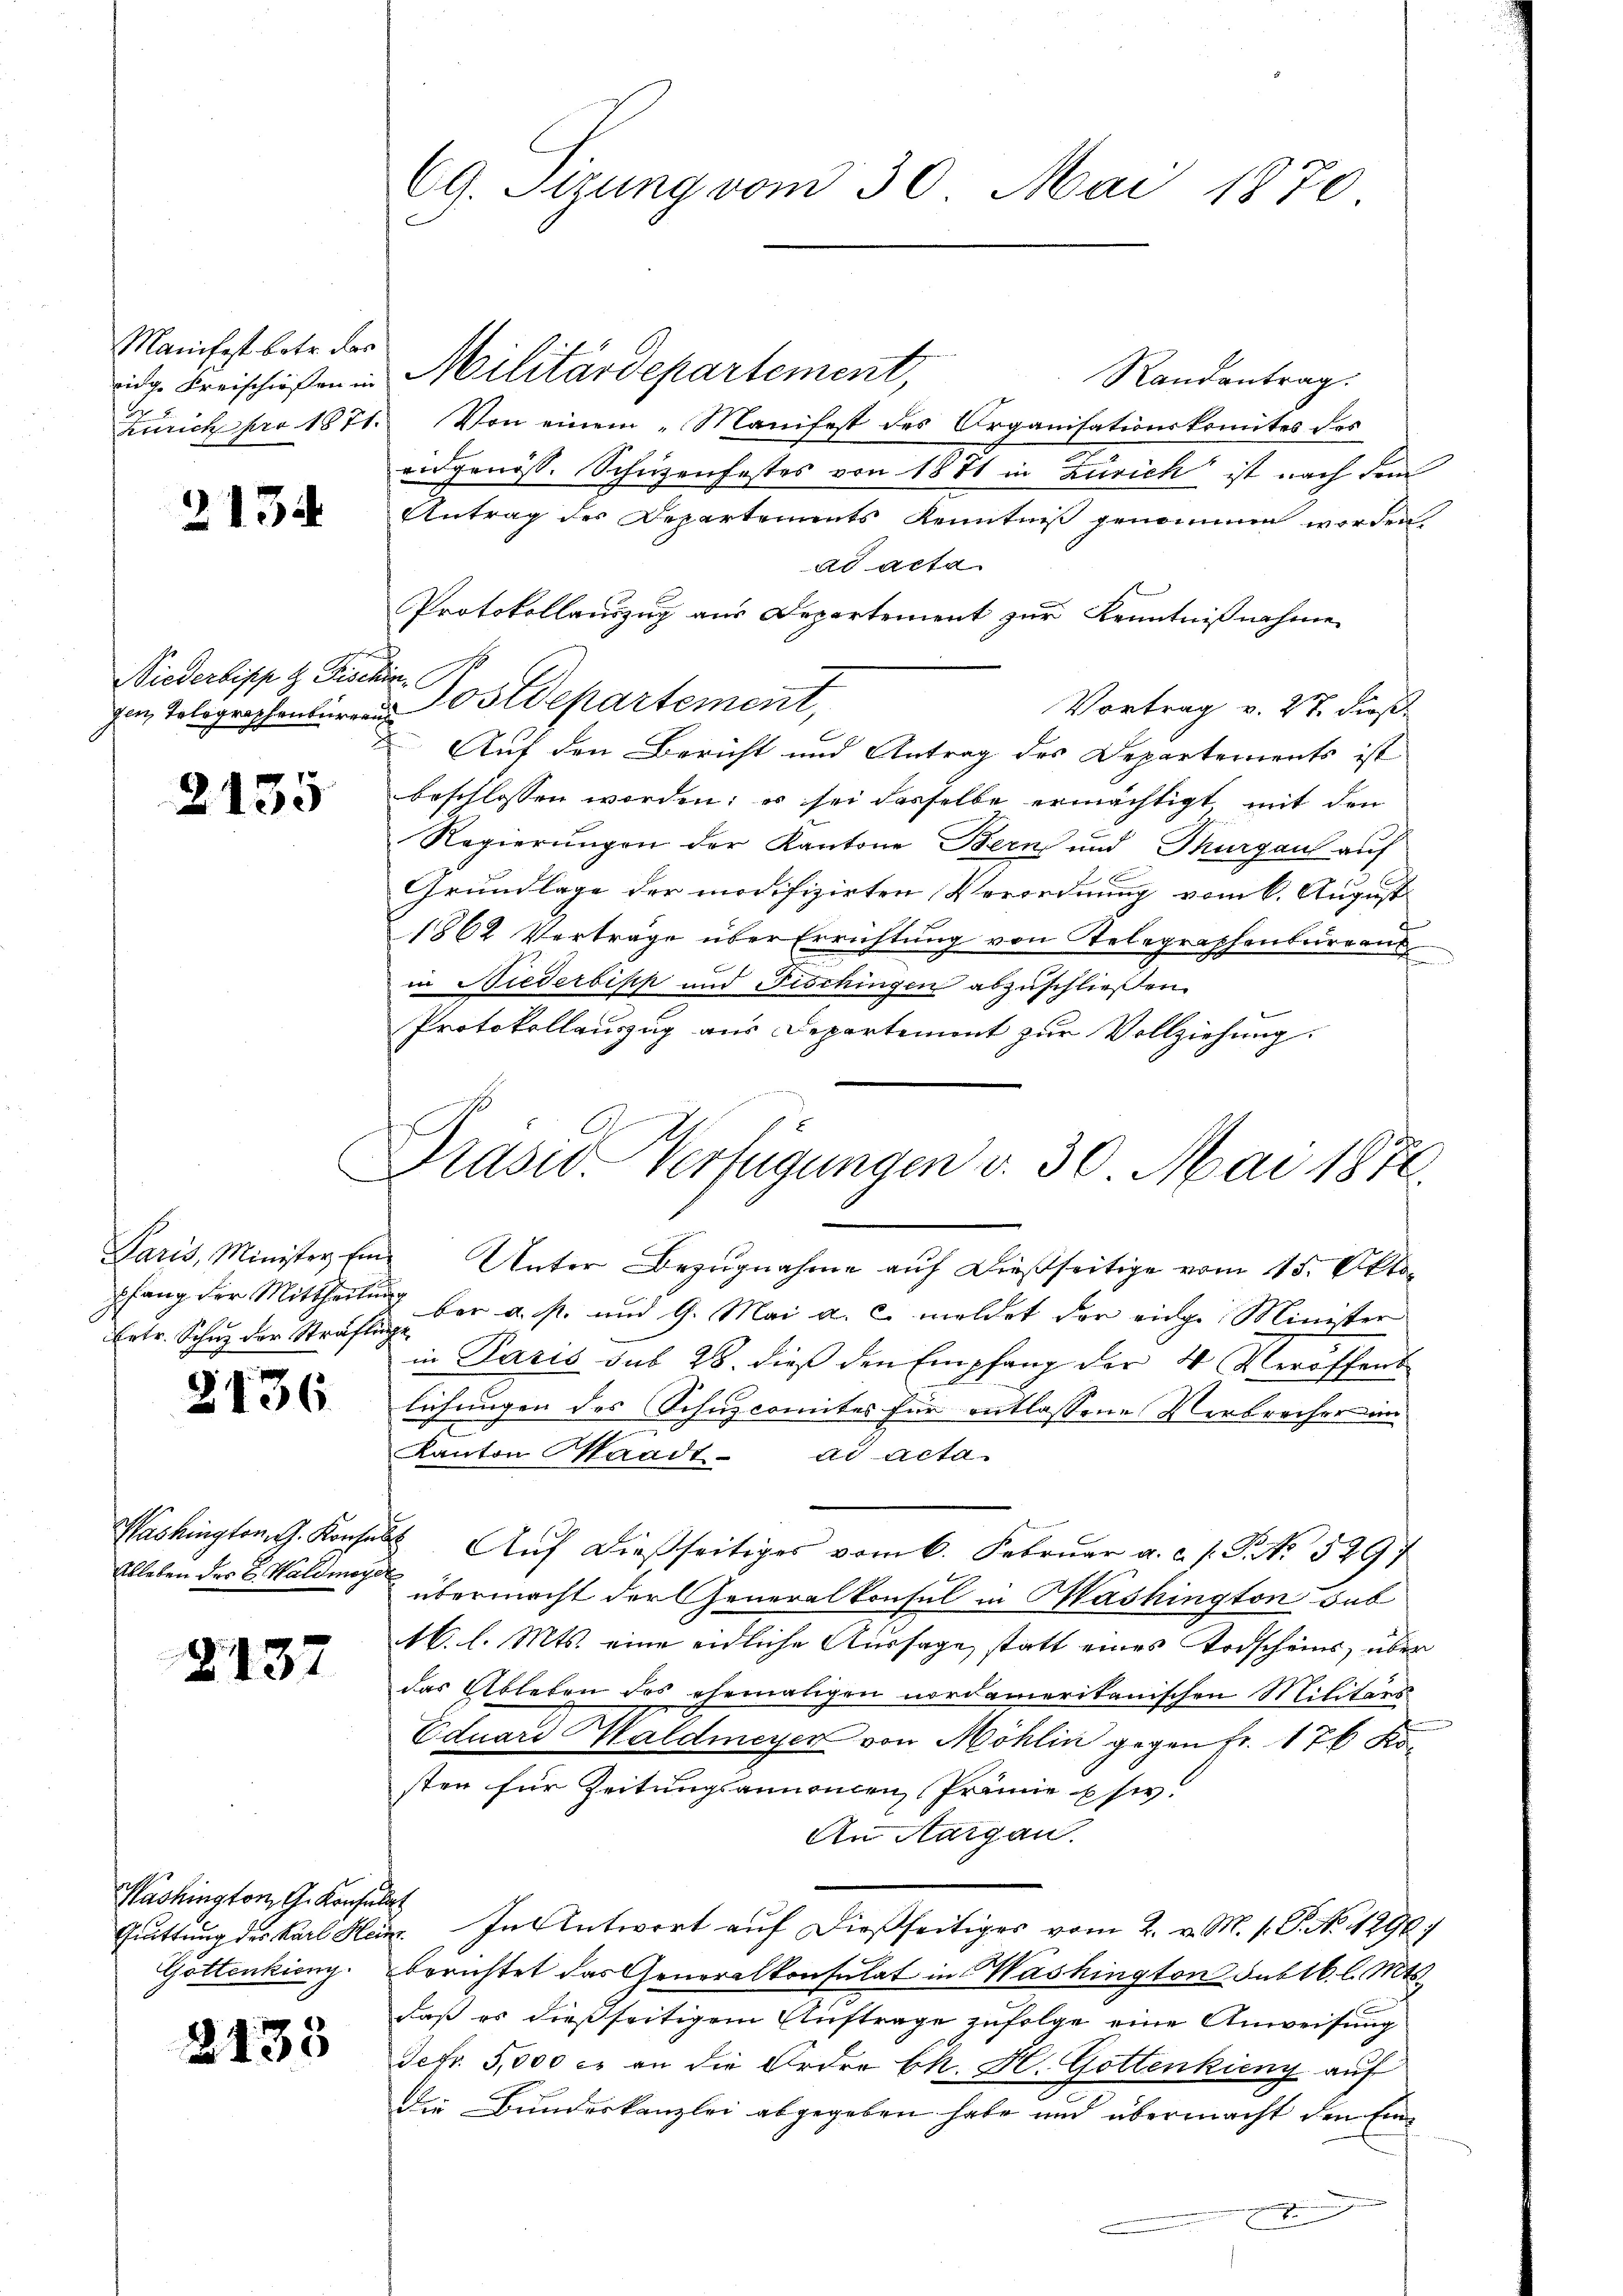
Manifest betr. das
vid Freischießen in
Zürich pro 1871.

2134

Niederlipp & Fisen
gen, Tolographenbureau
.

2135

Ertr. Schuz der Sträfli¬

2136.

Washington G. Konsen
Ableben des C. Waldmeye

2137

Washington G. Konsula
Quittung des Karl Hein
Gottenkieng.

2135

69. Sizung vom 30. Mai 1870.

Militärdepartement,
Randantrag.
Von einem „Manifest des Organisationskomites des
eidgenöss. Schüzenfestes von 1871 in Zürich ist nach dem
Antrag der Departements Kenntniß genommen worden.
ad acta
Protokollauszug aus Departement zur Kenntnißnahme
Postdepartement,
Vortrag v. 27. dieß.
Auf den Bericht und Antrag des Departements ist
beschlossen worden; es sei dasselbe ermächtigt, mit den
Regierungen der Kantone Bern und Thurgau auf
Grundlage der modifizirten Verordnung vom 6. August
1862 Verträge über Errichtung von Telegraphenbureaus
in Niederbisch und Fischingen abzuschließen.
Protokollauszug aus Departement zur Vollziehung.

Prasis. Verfügungen v. 30. Mai 1870
Paris, Minister Ein Unter Bezugnahme auf dießseitige vom 15. Okto

pfang der Mittheilung der a. p. und 9. Mai a. c. meldet der einge Minister
in Paris sub 28. dieß den Empfang der 4 Veröffent
lichungen des Schuzcomites für entlassene Verbrecher im
 Aŭf dießseitiges vom 6. Februar a. c. s. S. 3297
übermacht der Generalkonsul in Mashington sub
16. l. Mts. eine eidliche Aussage, statt eines Todscheins, über
das Ableben des ehemaligen nordameritanischen Militärs
Eduard Waldmeyer von Möhlin gegen fr. 176 Kosten für Zeitungsannenen Prämie si
An Aargau.
s
. In Antwort auf dießseitiges vom 2. v. M. s. S. No 1296)
berichtet das Generalkonsulat in Washington sub lb. l. Mts.
daß es dießseitigem Auftrage zufolge eine Anweisung
defr. 5,000 c. an die Ordre kk. H. Gottenkieny auf
Die Bundeskanzlei abgegeben habe und übermacht den Ein¬

2
Kanton Waadt ad acta.